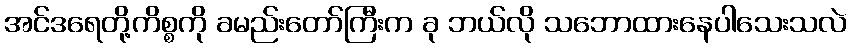
အင်ဒရေတို့ကိစ္စကို ခမည်းတော်ကြီးက ခု ဘယ်လို သဘောထားနေပါသေးသလဲ